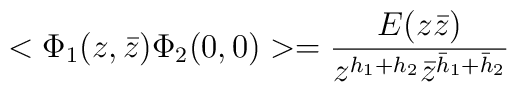
<\Phi_{1}(z,\bar{z})\Phi_{2}(0,0)> = \frac{E(z\bar{z})}{z^{h_{1}+h_{2}}\bar{z}^{\bar{h}_{1}+\bar{h}_{2}}}